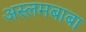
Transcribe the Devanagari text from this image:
अस्लमबाबा